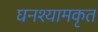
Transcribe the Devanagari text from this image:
घनश्यामकृत